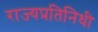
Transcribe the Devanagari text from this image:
राज्यप्रतिनिधी